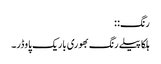
رنگ: :
ہلکا پیلے رنگ بھوری باریک پاوڈر۔